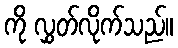
ကို လွှတ်လိုက်သည်။